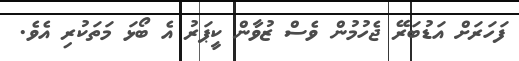
ފަަހަރަށް އަޑުބަރޭ ޖެހުމުން ވެސް ޒުވާން ކީޕަރު އެ ބޯޅަ މަތަކުރި އެވެ.